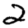
Digit: 2